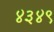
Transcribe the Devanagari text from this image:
४३४९